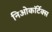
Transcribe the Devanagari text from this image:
निओकॉर्टेक्स